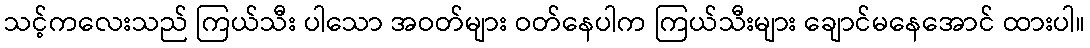
သင့်ကလေးသည် ကြယ်သီး ပါသော အဝတ်များ ဝတ်နေပါက ကြယ်သီးများ ချောင်မနေအောင် ထားပါ။